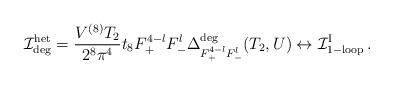
LaTeX: \begin{align*}{\cal I}^{\rm het}_{\rm deg}=\frac{V^{(8)} T_2}{2^8\pi^4} t_8 F_+^{4-l}F_-^l\Delta^{\rm deg}_{F_+^{4-l} F_-^l}(T_2,U)\leftrightarrow{\cal I}^{\rm I}_{\rm 1-loop}\, .\end{align*}